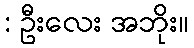
: ဦးလေး အဘိုး။